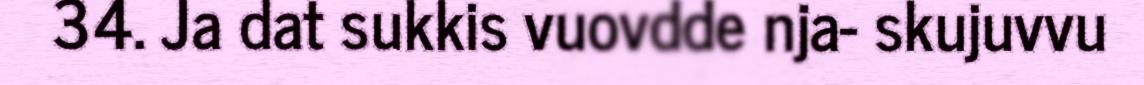
34. Ja dat sukkis vuovdde nja- skujuvvu